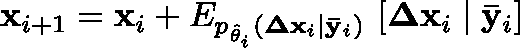
\mathbf { x } _ { i + 1 } = \mathbf { x } _ { i } + \mathbb { E } _ { p _ { \hat { \theta } _ { i } } ( \mathbf { \Delta x } _ { i } \mid \mathbf { \bar { y } } _ { i } ) } \, \left[ \mathbf { \Delta x } _ { i } \mid \mathbf { \bar { y } } _ { i } \right]